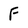
Character: F